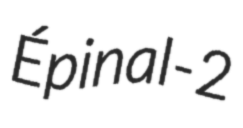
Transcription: Épinal-2